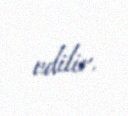
edilir.